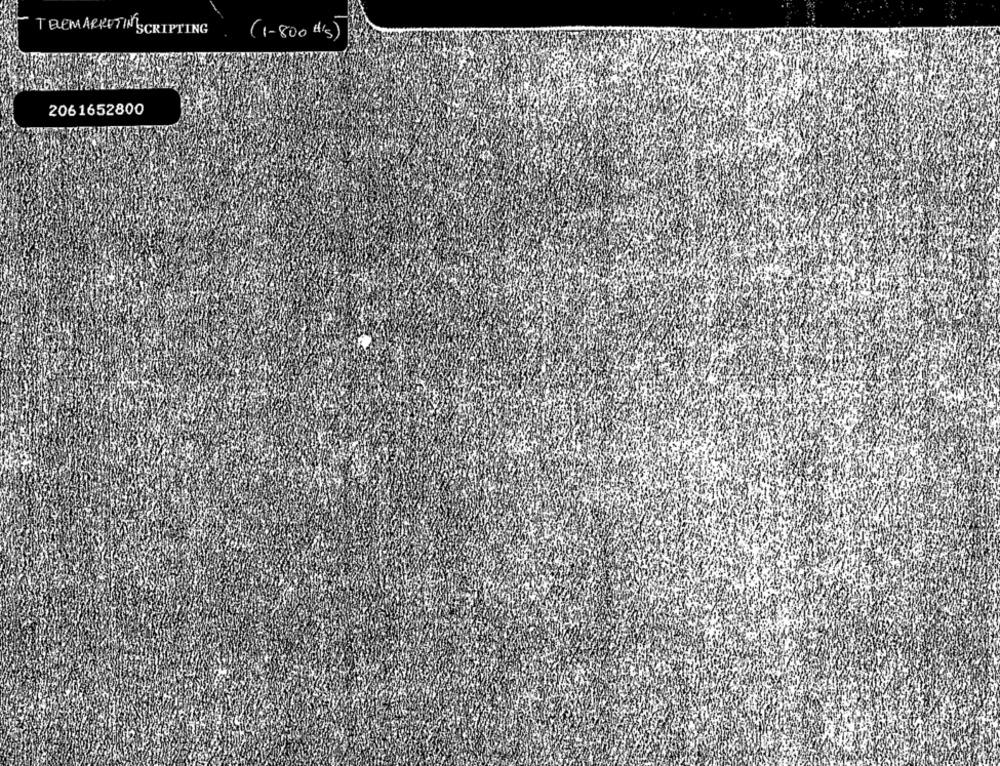
TELEMARKETIN SCRIPTING
(1-800 H's)
2061652800